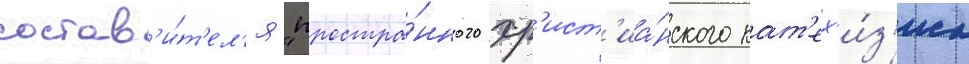
состав'и́т'ел'я "простра́нного хр'ист'иа́нского кат'ех'и́з'иса